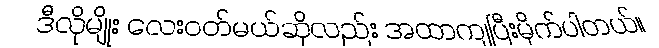
ဒီလိုမျိုး လေးဝတ်မယ်ဆိုလည်း အထာကျပြီးမိုက်ပါတယ်။